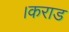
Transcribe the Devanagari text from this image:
।कराड